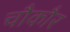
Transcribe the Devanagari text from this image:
चौकौर